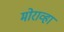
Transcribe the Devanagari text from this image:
मोराव्हा